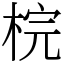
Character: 梡